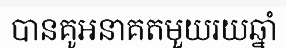
បានគូអនាគតមួយរយឆ្នាំ